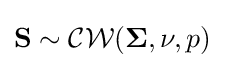
\mathbf {S} \sim {\mathcal {CW}}(\mathbf {\Sigma } ,\nu ,p)